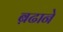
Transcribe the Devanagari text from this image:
ब़ढाने